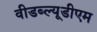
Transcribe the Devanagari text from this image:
वीडब्ल्यूडीएम